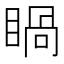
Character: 𥈓